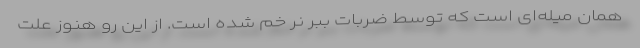
همان میله‌ای است که توسط ضربات ببر نر خم شده است. از این رو هنوز علت